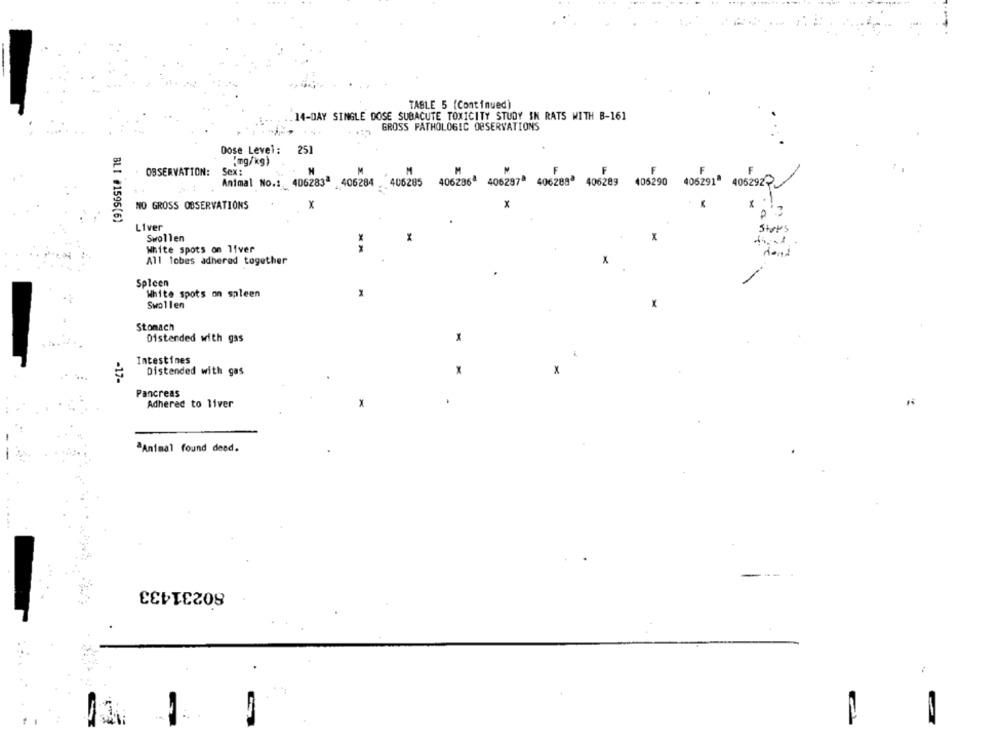
TABLE 5 (Continued)
14-DAY SINGLE DOSE SUBACUTE TOXICITY STUDY IN RATS WITH B-161
GROSS PATHOLOGIC OBSERVATIONS
251
Dose Level:
"mg/kg)
OBSERVATION: Sex:
Animal No .: 406283 406284 . 405285 4062364 406297 4062888 406289 405290 405291ª 4062922
NO GROSS OBSERVATIONS
x
BLI #1595(6)
Liver
Stops
Swollen
White spots on liver
All lobes adhered together
X
Spleen
White spots on spleen
x
Swollen
Stomach
Distended with gas
Intestines
Distended with gas
x
-17-
Pancreas
Adhered to liver
x
"Animal found dead.
80231433